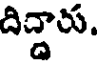
దిద్దారు.